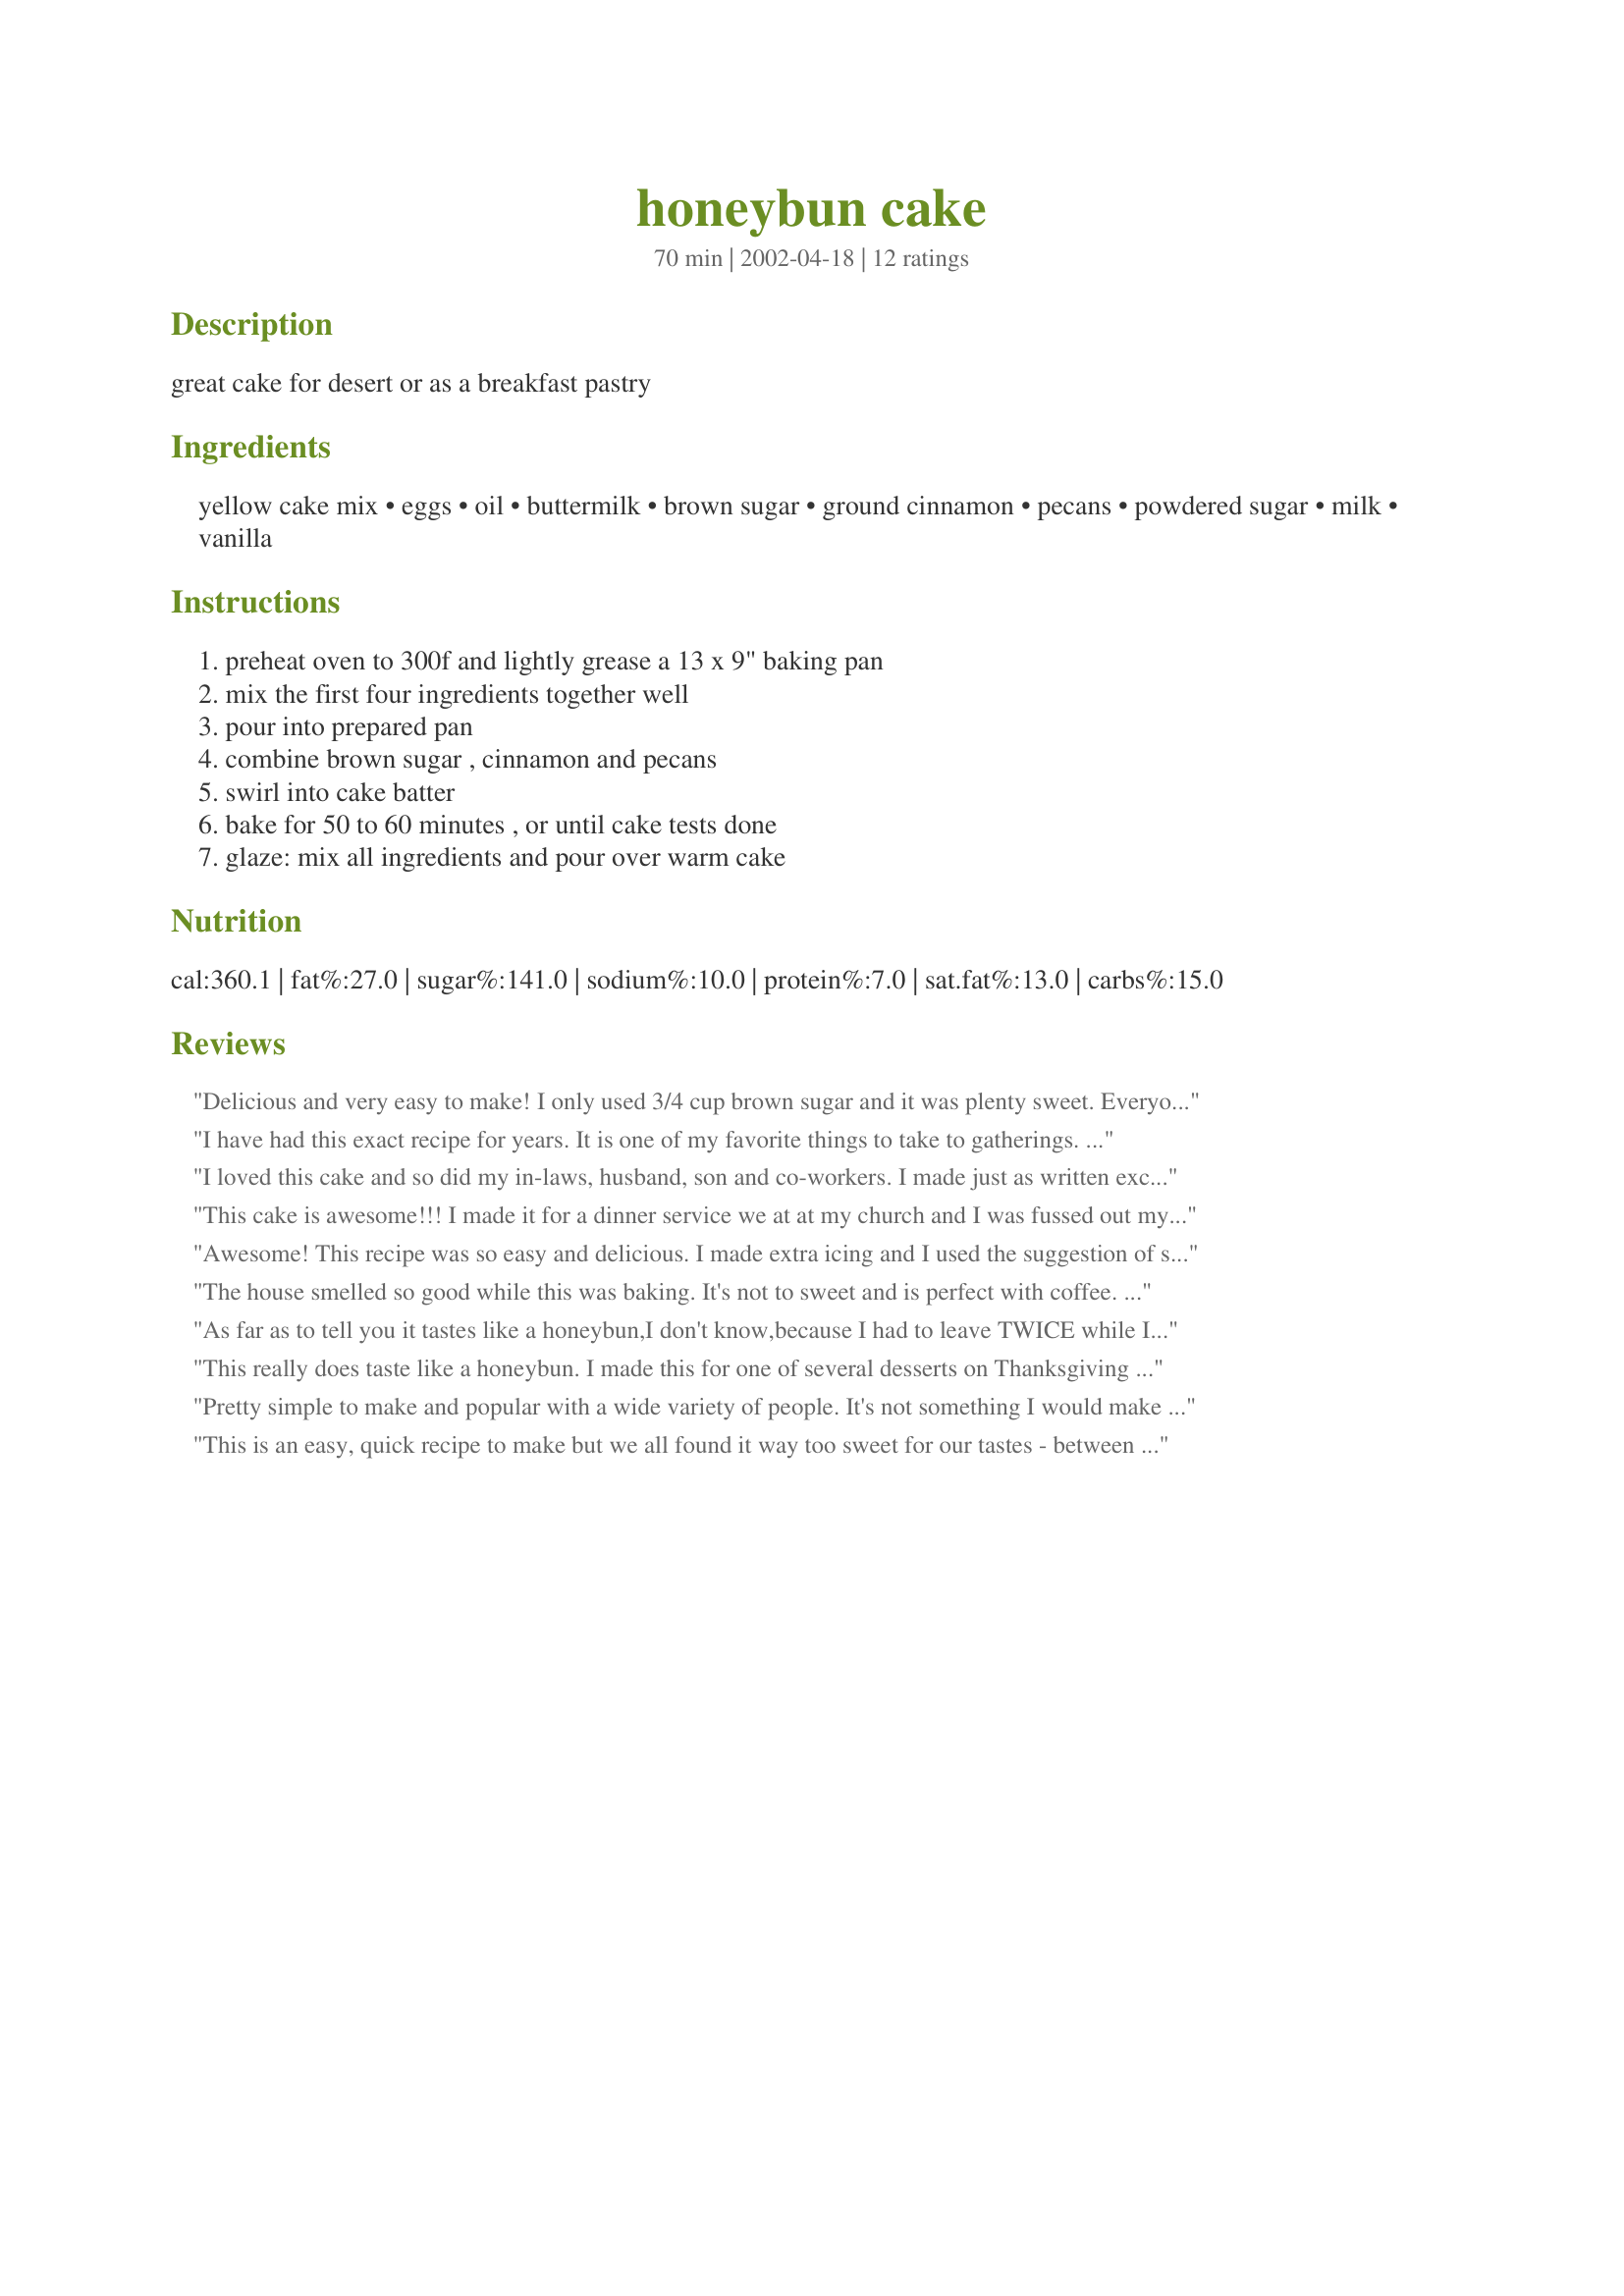
honeybun cake
Preparation time: 70 minutes

great cake for desert or as a breakfast pastry

Ingredients:
yellow cake mix, eggs, oil, buttermilk, brown sugar, ground cinnamon, pecans, powdered sugar, milk, vanilla

Steps:
preheat oven to 300f and lightly grease a 13 x 9" baking pan, mix the first four ingredients together well, pour into prepared pan, combine brown sugar , cinnamon and pecans, swirl into cake batter, bake for 50 to 60 minutes , or until cake tests done, glaze: mix all ingredients and pour over warm cake

Reviews:
Delicious and very easy to make! I only used 3/4 cup brown sugar and it was plenty sweet. Everyone loved it. Will make again.
I have had this exact recipe for years. It is one of my favorite things to take to gatherings. It always gets rave reviews. I am making it today at my daughters request for her birthday.
I loved this cake and so did my in-laws, husband, son and co-workers. I made just as written except I used about 3/4 cup of brown sugar...because that is all I had on hand. It was perfect and so yummy, even on the next day! I will be making this again for sure!
This cake is awesome!!! I made it for a dinner service we at at my church and I was fussed out my members because i didn't make it for the last dinner we had. lol. Great recipe, my family loves it!
Awesome! This recipe was so easy and delicious. I made extra icing and I used the suggestion of several others to cut down the brown sugar to 3/4 c. I will be making this again.
The house smelled so good while this was baking. It's not to sweet and is perfect with coffee. I'll be making this again.
As far as to tell you it tastes like a honeybun,I don't know,because I had to leave TWICE while I was trying to mix all the ingredients,so in a rush,I ACCIDENTALLY mixed ALL the cake ingredients!! It turned out GREAT though. VERY moist and all the flavors seem to meld together.I then poked holes in the top with a skewer for the glaze to soak in.Thanks for the recipe!
This really does taste like a honeybun. I made this for one of several desserts on Thanksgiving and it went fast. My 7 yr old asked me if I would make this for every birthday we have at our house.
Pretty simple to make and popular with a wide variety of people. It's not something I would make often, but good to have in the files.
This is an easy, quick recipe to make but we all found it way too sweet for our tastes - between the 1cup brown sugar and the icing sugar glaze. My kids wouldn't eat it. It is much better with ice cream or whipping cream on top than without. I would cut the brown sugar to 1/2 cup next time.
my husband & kids loved this!! and it was so easy! i usually throw cake out because no one eats it - but between the 3 of them, this was gone in less than 2 days. it was a bit too sweet for me - 
i did follow the recipe and will definetly make again!
This it a wonderful cake. My family loves it.
